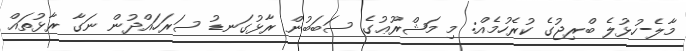
މާލެ-ހުޅުލެ ބްރިޖުގެ ކުރެހުމެއް: މި މަޝްރޫޢުގެ ސަބަބުން ރާޅުގަނޑު ސަރަހައްދުން ނަގާ ރާޅުތައް